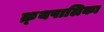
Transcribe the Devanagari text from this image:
क्र्यपालिका